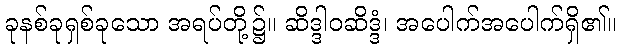
ခုနစ်ခုရှစ်ခုသော အရပ်တို့၌။ ဆိဒ္ဒါဝဆိဒ္ဒံ၊ အပေါက်အပေါက်ရှိ၏။